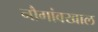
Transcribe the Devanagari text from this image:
नौगांवखाल